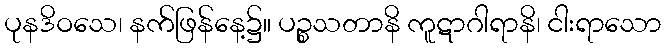
ပုနဒိဝသေ၊ နက်ဖြန်နေ့၌။ ပဉ္စသတာနိ ကူဋာဂါရာနိ၊ ငါးရာသော